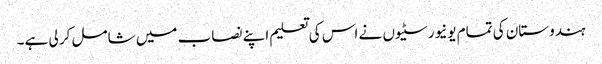
ہندوستان کی تمام یونیورسٹیوں نے اس کی تعلیم اپنے نصاب میں شامل کر لی ہے۔